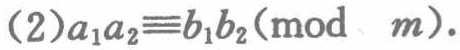
(2)$a_{1}a_{2}\equiv b_{1}b_{2}(\text{mod }m)$.